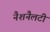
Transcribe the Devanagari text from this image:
नैशनैलटी